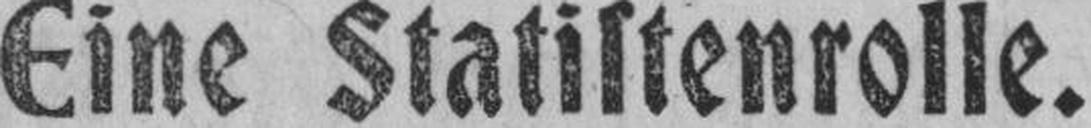
Eine Statistenrolle.